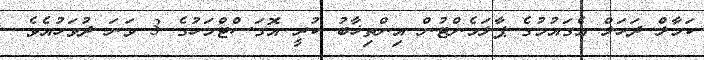
ކަމާލް ދަހަލް އެގައުމުގެ ޕާލަމެންޓުން އިންތިޚާބު ކުރީ އޮގަސްޓްމަހުގެ 3 ވަނަ ދުވަހުއެވެ.